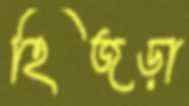
হিজড়া